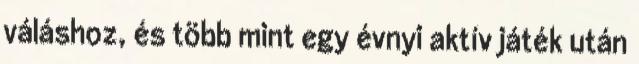
váláshoz, és több mint egy évnyi aktív játék után